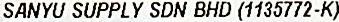
SANYU SUPPLY SDN BHD (1135772-K)